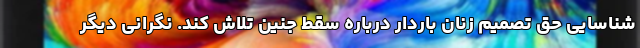
شناسایی حق تصمیم زنان باردار درباره سقط جنین تلاش کند. نگرانی دیگر